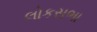
લોકસભા